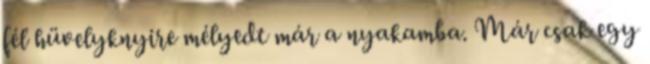
fél hüvelyknyire mélyedt már a nyakamba. Már csak egy